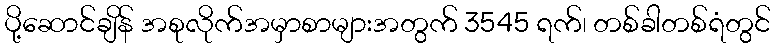
ပို့ဆောင်ချိန် အစုလိုက်အမှာစာများအတွက် 3545 ရက်၊ တစ်ခါတစ်ရံတွင်